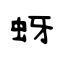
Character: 蚜